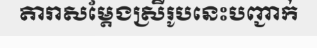
តារាសម្តែងស្រីរូបនេះបញ្ជាក់